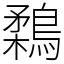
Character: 鶔